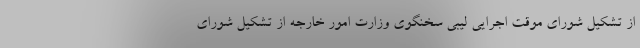
از تشکیل شورای موقت اجرایی لیبی سخنگوی وزارت امور خارجه از تشکیل شورای